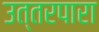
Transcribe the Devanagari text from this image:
उत्तरपारा